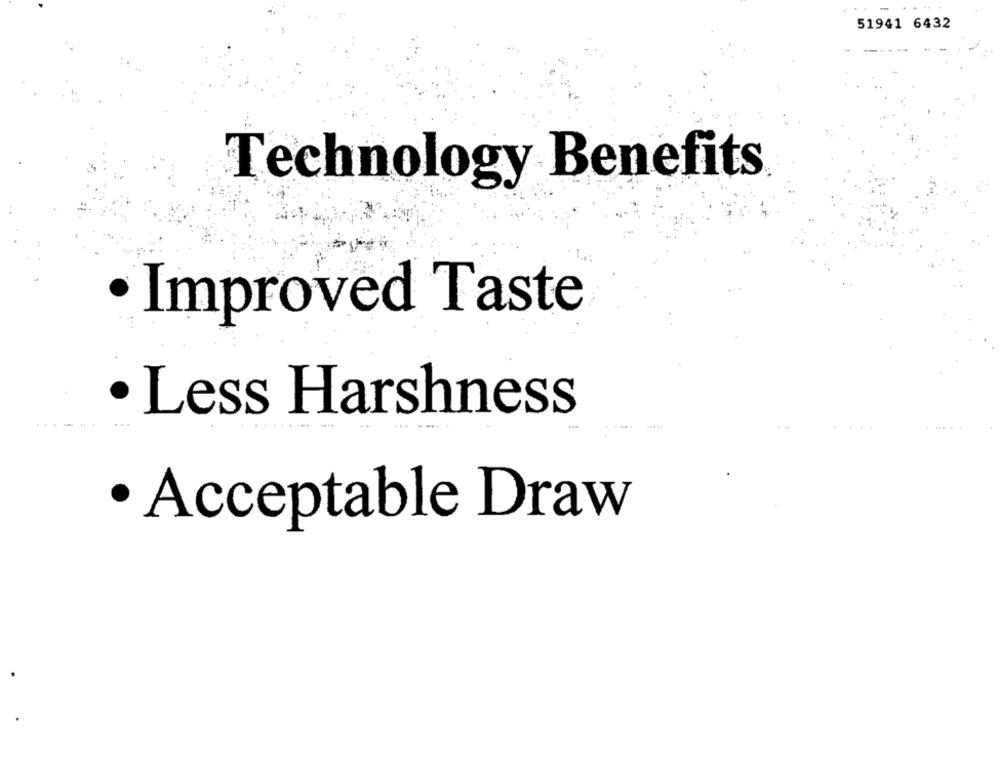
51941 6432
Technology Benefits
· Improved Taste
· Less Harshness
· Acceptable Draw